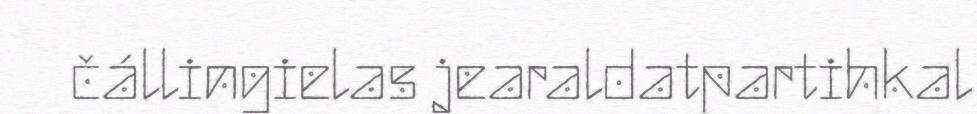
čállingielas jearaldatpartihkal